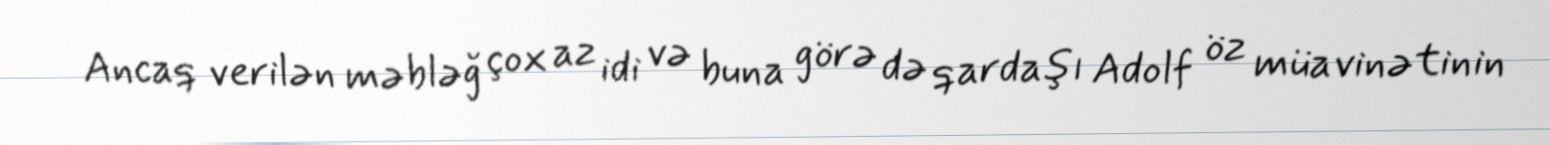
Ancaq verilən məbləğ çox az idi və buna görə də qardaşı Adolf öz müavinətinin